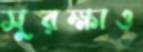
সুরক্ষাও